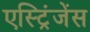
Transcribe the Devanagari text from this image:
एस्ट्रिंजेंस